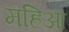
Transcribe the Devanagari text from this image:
महिआ